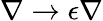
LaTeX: \nabla\rightarrow\epsilon\nabla